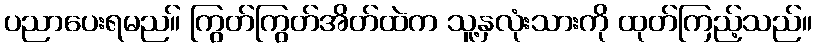
ပညာပေးရမည။် ကြွတ်ကြွတ်အိတ်ထဲက သူ့နှလုံးသားကို ထုတ်ကြည့်သည်။